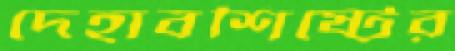
দেহাবশিষ্টের